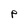
Character: P